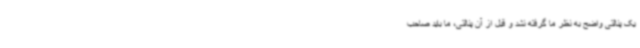
یک پنالتی واضح به نظر ما گرفته نشد و قبل از آن پنالتی، ما باید صاحب